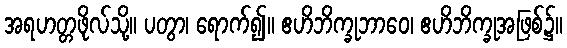
အရဟတ္တဖိုလ်သို့။ ပတွာ၊ ရောက်၍။ ဧဟိဘိက္ခုဘာဝေ၊ ဧဟိဘိက္ခုအဖြစ်၌။